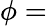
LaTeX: \phi=